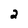
Character: 2